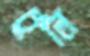
চুলি